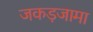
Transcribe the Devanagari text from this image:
जकड़जामा